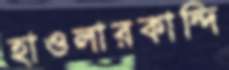
হাওলারকান্দি